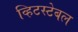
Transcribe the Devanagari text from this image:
व्हिटस्टेबल